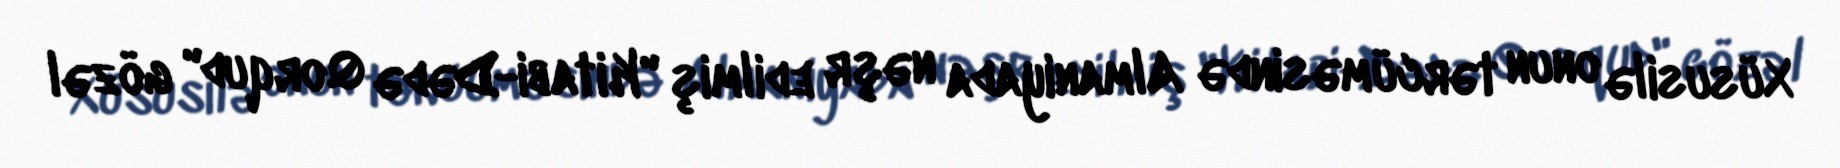
Xüsusilə onun tərcüməsində Almaniyada nəşr edilmiş "Kitabi-Dədə Qorqud" gözəl